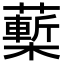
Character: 𧀵